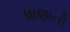
ધાણાની